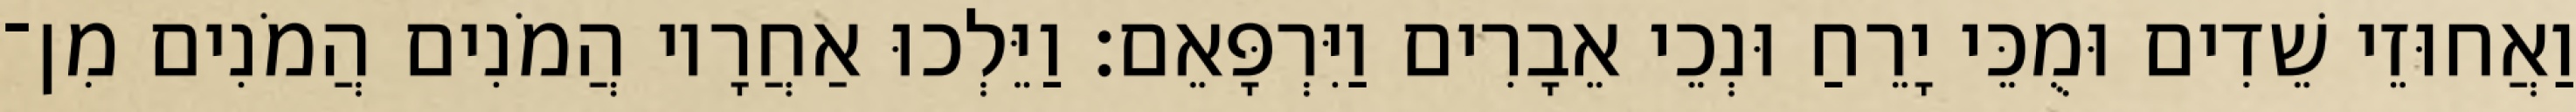
וַאֲחוּזֵי שֵׁדִים וּמֻכֵּי יָרֵחַ וּנְכֵי אֵבָרִים וַיִּרְפָּאֵם׃ וַיֵּלְכוּ אַחֲרָיו הֲמֹנִים הֲמֹנִים מִן־